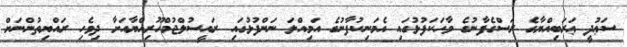
ސަޢުދީ ޢަރަބިއްޔާގެ ރަސްގެފާނުގެ ވާހަކަފުޅުގައި އެމަނިކުފާނުގެ އަމިއްލަ ނަންފުޅުގައި ރައީސުލްޖުމްހޫރިއްޔާއަށާ ދިވެހި ރައްޔިތުންނަށް